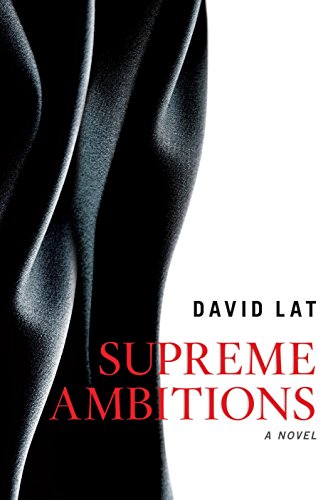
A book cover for Supreme Ambitions; David Lat; Mystery, Thriller & Suspense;